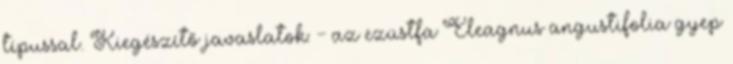
típussal. Kiegészítő javaslatok: - az ezüstfa Eleagnus angustifolia gyep